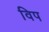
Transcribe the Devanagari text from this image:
विप